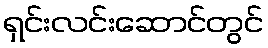
ရှင်းလင်းဆောင်တွင်